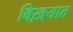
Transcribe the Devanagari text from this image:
बिख़्यात